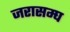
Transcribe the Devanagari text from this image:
जरासम्घ